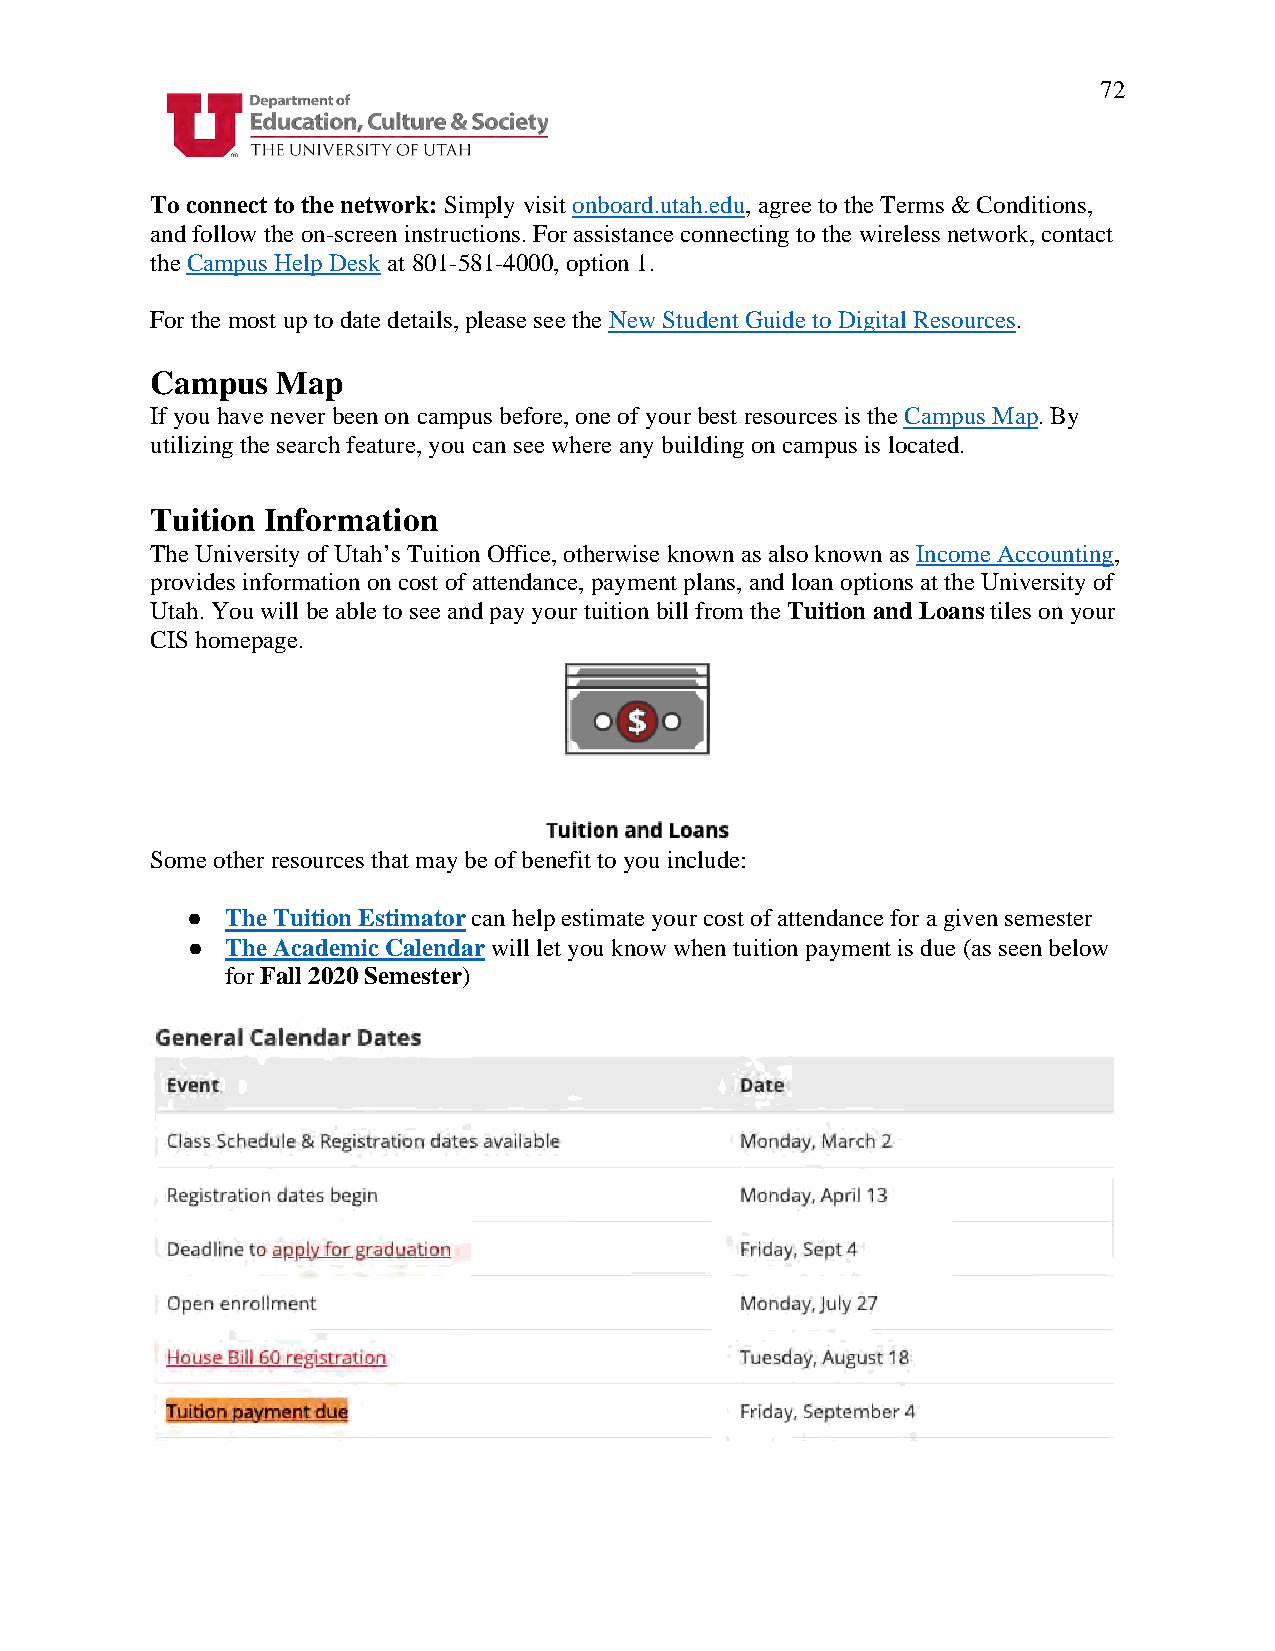
72
 To connect to the network: Simply visit onboard.utah.edu, agree to the Terms & Conditions,
 and follow the on-screen instructions. For assistance connecting to the wireless network, contact
 the Campus Help Desk at 801-581-4000, option 1.
 For the most up to date details, please see the New Student Guide to Digital Resources.
 Campus  Map
 If you have never been on campus before, one of your best resources is the Campus Map. By
 utilizing the search feature, you can see where any building on campus is located.
 Tuition Information
 The University of Utah’s Tuition Office, otherwise known as also known as Income Accounting,
 provides information on cost of attendance, payment plans, and loan options at the University of
 Utah. You will be able to see and pay your tuition bill from the Tuition and Loans tiles on your
 CIS homepage.
 Some other resources that may be of benefit to you include:
 ●  The Tuition Estimator can help estimate your cost of attendance for a given semester
 ●  The Academic Calendar will let you know when tuition payment is due (as seen below
 for Fall 2020 Semester)